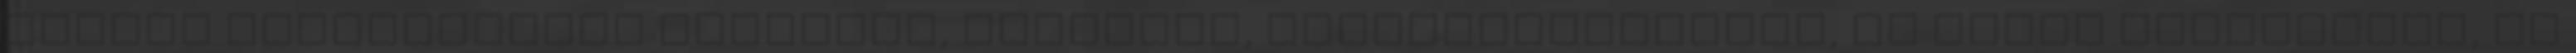
lehető legnagyobbra vagyonod, hírneved, közmegbecsülésed, de józan belátással, az